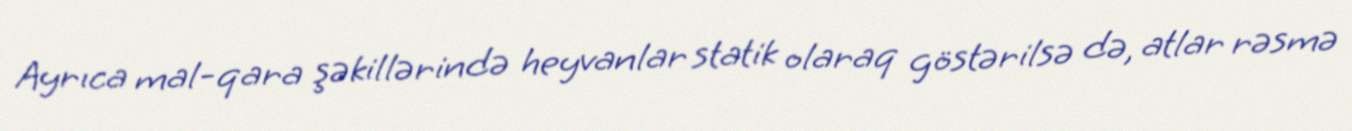
Ayrıca mal-qara şəkillərində heyvanlar statik olaraq göstərilsə də, atlar rəsmə